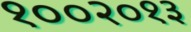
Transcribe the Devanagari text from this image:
१००२०१३